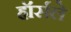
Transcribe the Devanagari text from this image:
हॉर्सले